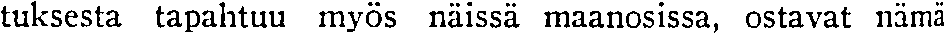
tuksesta tapahtuu myös näissä maanosissa, ostavat nämä